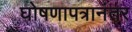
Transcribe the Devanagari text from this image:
घोषणापत्रानंतर